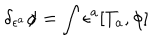
LaTeX: \delta _ { \epsilon ^ { a } } \phi = \int \epsilon ^ { a } [ T _ { a } , \phi ]